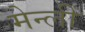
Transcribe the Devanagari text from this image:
मेन्ली